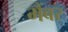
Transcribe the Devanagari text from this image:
मैंबर